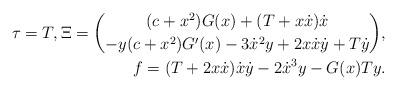
LaTeX: \begin{align*} \tau =T, \Xi=\binom{(c+x^2) G(x)+ (T +x \dot{x})\dot{x}}{ -y(c+x^2) G'(x)-3 \dot{x}^2 y+2 x \dot{x} \dot{y} +T \dot{y}},\\ f=(T +2 x \dot{x})\dot{x} \dot{y} -2 \dot{x}^3 y-G(x)T y.\end{align*}